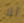
ألا